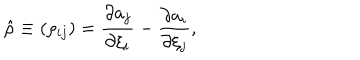
LaTeX: \hat { \rho } \equiv ( \rho _ { i j } ) = { \frac { \partial a _ { j } } { \partial \xi _ { i } } } - { \frac { \partial a _ { i } } { \partial \xi _ { j } } } ,